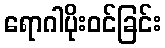
ရောဂါပိုးဝင်ခြင်း